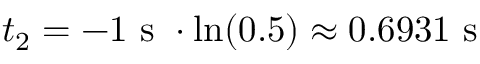
t _ { 2 } = - 1 \mathrm { ~ s ~ } \cdot \ln ( 0 . 5 ) \approx 0 . 6 9 3 1 \mathrm { ~ s ~ }